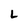
Character: L